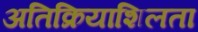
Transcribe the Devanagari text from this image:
अतिक्रियाशिलता